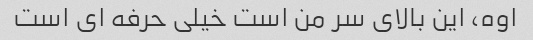
اوه، این بالای سر من است خیلی حرفه ای است